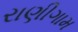
રાણીગામ